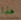
هذا